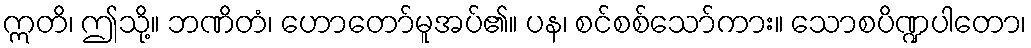
ဣတိ၊ ဤသို့။ ဘဏိတံ၊ ဟောတော်မူအပ်၏။ ပန၊ စင်စစ်သော်ကား။ သောစပိဏ္ဍပါတော၊